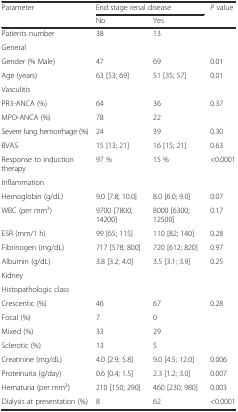
<table><thead><tr><td><b>Parameter</b></td><td colspan="2"><b>End stage renal disease</b></td><td><b><i>P</i> value</b></td></tr><tr><td></td><td><b>No</b></td><td><b>Yes</b></td><td></td></tr></thead><tbody><tr><td>Patients number</td><td>38</td><td>13</td><td></td></tr><tr><td>General</td><td></td><td></td><td></td></tr><tr><td>Gender (% Male)</td><td>47</td><td>69</td><td>0.01</td></tr><tr><td>Age (years)</td><td>63 [53; 69]</td><td>51 [35; 57]</td><td>0.01</td></tr><tr><td>Vasculitis</td><td colspan="3"></td></tr><tr><td>PR3-ANCA (%)</td><td>64</td><td>36</td><td rowspan="2">0.37</td></tr><tr><td>MPO-ANCA (%)</td><td>78</td><td>22</td></tr><tr><td>Severe lung hemorrhage (%)</td><td>24</td><td>39</td><td>0.30</td></tr><tr><td>BVAS</td><td>15 [13; 21]</td><td>16 [15; 21]</td><td>0.63</td></tr><tr><td>Response to induction therapy</td><td>97 %</td><td>15 %</td><td>&lt;0.0001</td></tr><tr><td>Inflammation</td><td colspan="3"></td></tr><tr><td>Hemoglobin (g/dL)</td><td>9.0 [7.8; 10.0]</td><td>8.0 [6.0; 9.0]</td><td>0.07</td></tr><tr><td>WBC (per mm<sup>3</sup>)</td><td>9700 [7800; 14200]</td><td>8000 [6300; 12500]</td><td>0.17</td></tr><tr><td>ESR (mm/1 h)</td><td>99 [65; 115]</td><td>110 [82; 140]</td><td>0.28</td></tr><tr><td>Fibrinogen (mg/dL)</td><td>717 [578; 800]</td><td>720 [612; 820]</td><td>0.97</td></tr><tr><td>Albumin (g/dL)</td><td>3.8 [3.2; 4.0]</td><td>3.5 [3.1; 3.9]</td><td>0.25</td></tr><tr><td>Kidney</td><td colspan="3"></td></tr><tr><td>Histopathologic class</td><td></td><td></td><td></td></tr><tr><td>Crescentic (%)</td><td>46</td><td>67</td><td rowspan="4">0.28</td></tr><tr><td>Focal (%)</td><td>7</td><td>0</td></tr><tr><td>Mixed (%)</td><td>33</td><td>29</td></tr><tr><td>Sclerotic (%)</td><td>13</td><td>5</td></tr><tr><td>Creatinine (mg/dL)</td><td>4.0 [2.9; 5.8]</td><td>9.0 [4.5; 12.0]</td><td>0.006</td></tr><tr><td>Proteinuria (g/day)</td><td>0.6 [0.4; 1.5]</td><td>2.3 [1.2; 3.0]</td><td>0.007</td></tr><tr><td>Hematuria (per mm<sup>3</sup>)</td><td>210 [150; 290]</td><td>460 [230; 980]</td><td>0.003</td></tr><tr><td>Dialysis at presentation (%)</td><td>8</td><td>62</td><td>&lt;0.0001</td></tr></tbody></table>